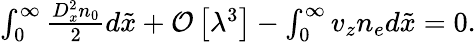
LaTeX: \begin{array}{r}{\int_{0}^{\infty}\frac{D_{x}^{2}n_{0}}{2}d\tilde{x}+\mathcal{O}\left[\lambda^{3}\right]-\int_{0}^{\infty}v_{z}n_{e}d\tilde{x}=0.}\end{array}